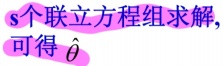
$s$个联立方程组求解，可得$\hat{\theta}$